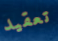
تعقيد